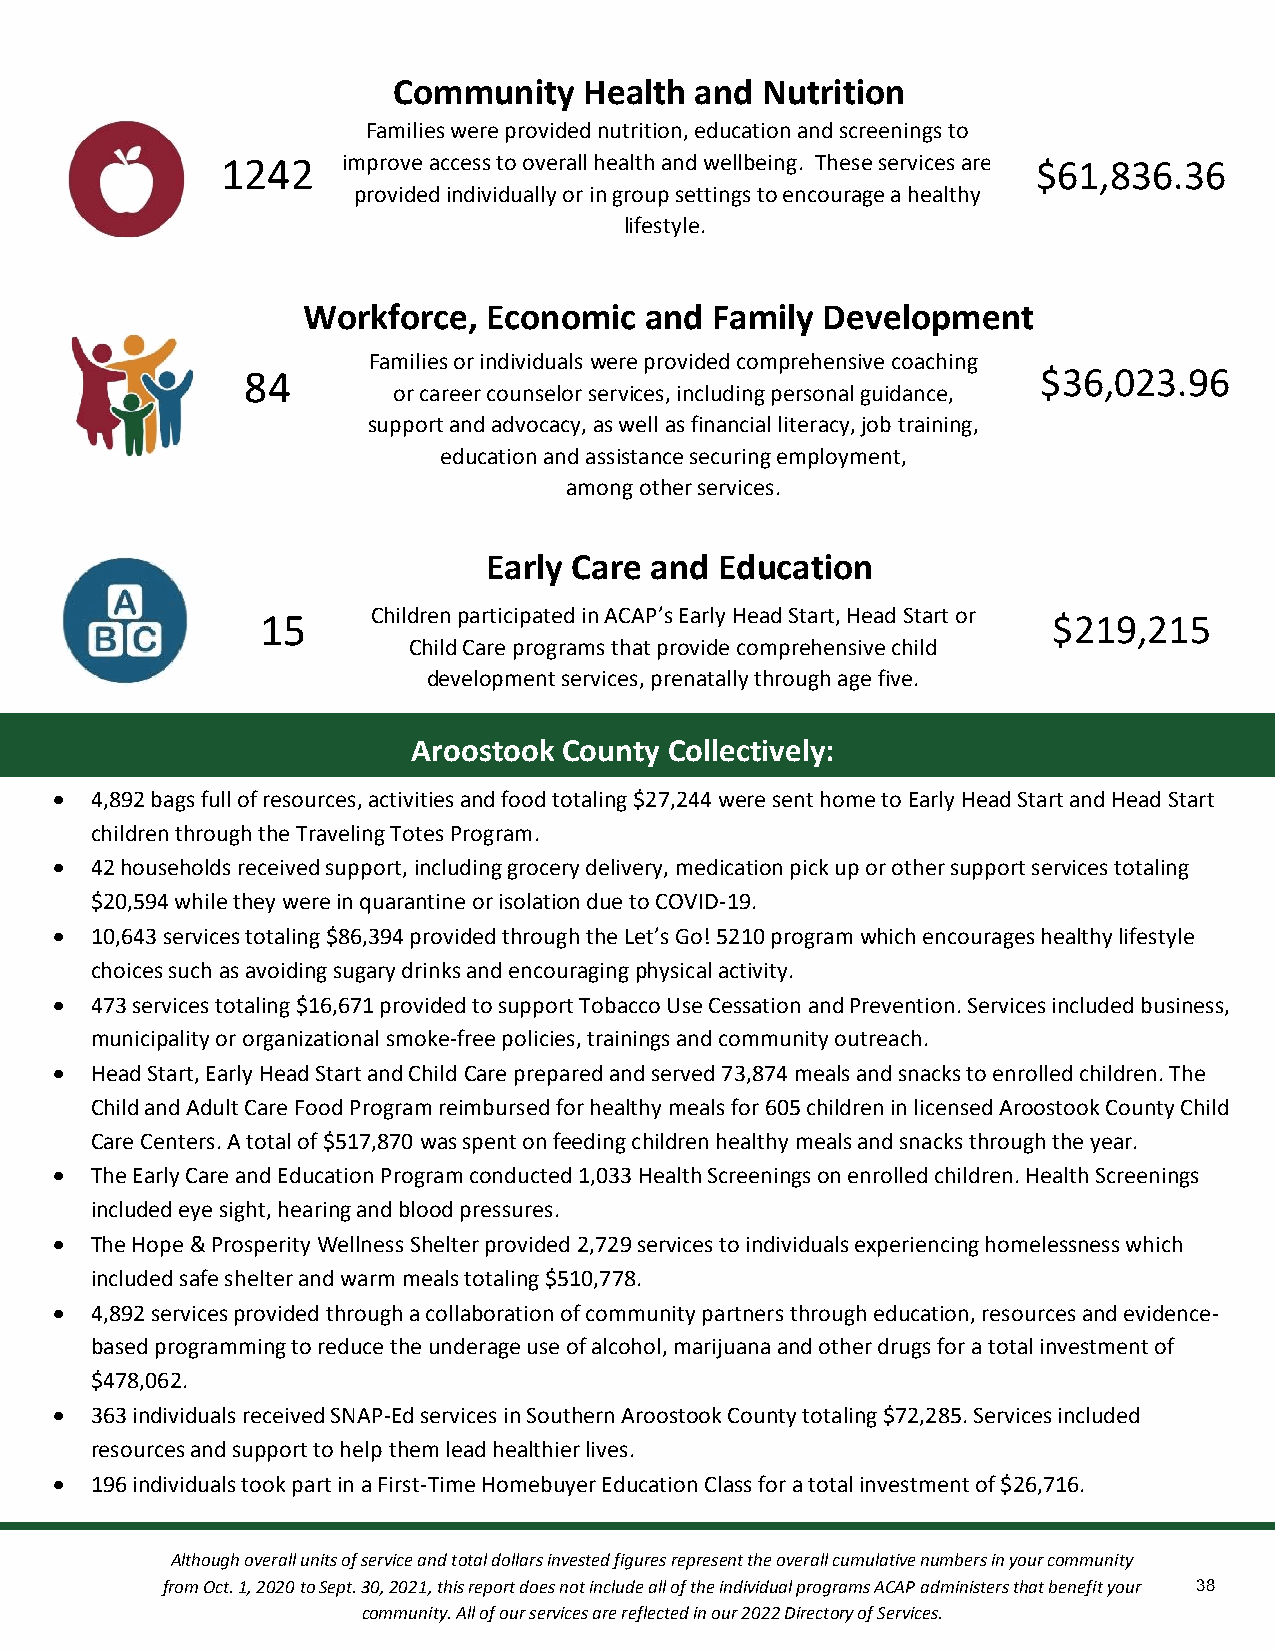
Community    Health and Nutrition
 Families were provided nutrition, education and screenings to
 1242    imp rove access to overall healt&h a nd wellbeing. These services are $61,836.36
 provided individually or in group settings to encourage a healthy
 lifestyle.
 cation
 Workforce,  Economic   and Family Development
 Families or individuals were provided comprehensive coaching
 84                                                   $36,023.96
 or career counselor services, including personal guidacnacet,i on
 support and advocacy, as well as financial literacy, job training,
 education and assistance securing employment,
 among other services.
 Early Care and  Education
 15      Children participated in ACAP’s Early Head Start, Head Start or $219,215
 Child Care programs that provide comprehensive child
 development services, prenatally through age five.
 Aroostook County Collectively:
  4,892 bags full of resources, activities and food totaling $27,244 were sent home to Early Head Start and Head Start
 children through the Traveling Totes Program.
  42 households received support, including grocery delivery, medication pick up or other support services totaling
 $20,594 while they were in quarantine or isolation due to COVID-19.
  10,643 services totaling $86,394 provided through the Let’s Go! 5210 program which encourages healthy lifestyle
 choices such as avoiding sugary drinks and encouraging physical activity.
  473 services totaling $16,671 provided to support Tobacco Use Cessation and Prevention. Services included business,
 municipality or organizational smoke-free policies, trainings and community outreach.
  Head Start, Early Head Start and Child Care prepared and served 73,874 meals and snacks to enrolled children. The
 Child and Adult Care Food Program reimbursed for healthy meals for 605 children in licensed Aroostook County Child
 Care Centers. A total of $517,870 was spent on feeding children healthy meals and snacks through the year.
  The Early Care and Education Program conducted 1,033 Health Screenings on enrolled children. Health Screenings
 included eye sight, hearing and blood pressures.
  The Hope & Prosperity Wellness Shelter provided 2,729 services to individuals experiencing homelessness which
 included safe shelter and warm meals totaling $510,778.
  4,892 services provided through a collaboration of community partners through education, resources and evidence-
 based programming to reduce the underage use of alcohol, marijuana and other drugs for a total investment of
 $478,062.
  363 individuals received SNAP-Ed services in Southern Aroostook County totaling $72,285. Services included
 resources and support to help them lead healthier lives.
  196 individuals took part in a First-Time Homebuyer Education Class for a total investment of $26,716.
 Although overall units of service and total dollars invested figures represent the overall cumulative numbers in your community
 from Oct. 1, 2020 to Sept. 30, 2021, this report does not include all of the individual programs ACAP administers that benefit your 38
 community. All of our services are reflected in our 2022 Directory of Services.